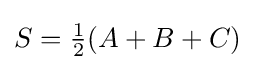
S={\tfrac {1}{2}}(A+B+C)